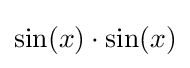
\sin(x)\cdot \sin(x)